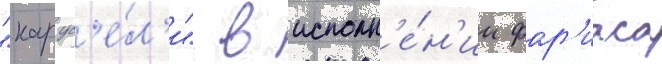
"карус'е́л'и" в исполн'е́н'ии фар'иаса